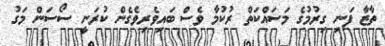
ތާޒާ ފަނި ގިރުމުގެ މަސައްކަތް ރުކުމާ ވެސް ބައިވެރިވެގެން ކުރަނީ ސޯސަން މަގު